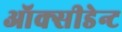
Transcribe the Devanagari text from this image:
ऑक्सीडेन्ट